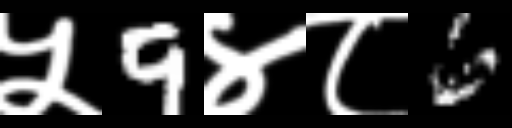
Text: ५9४८6